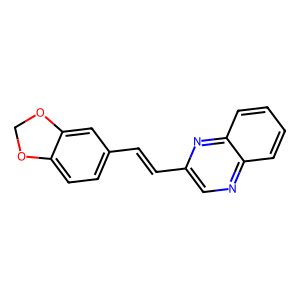
SMILES: C(=Cc1cnc2ccccc2n1)c1ccc2c(c1)OCO2
Inhibits HIV replication: No